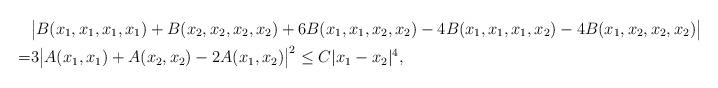
LaTeX: \begin{align*} &\big| B(x_1,x_1,x_1,x_1)+B(x_2,x_2,x_2,x_2)+6B(x_1,x_1,x_2,x_2)-4B(x_1,x_1,x_1,x_2)-4B(x_1,x_2,x_2,x_2)\big|\\ =&3\big| A(x_1,x_1)+A(x_2,x_2)-2A(x_1,x_2) \big|^2\le C | x_1-x_2|^4, \end{align*}